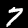
Digit: 7